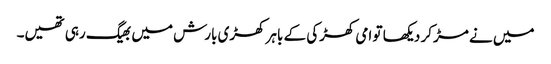
میں‌ نے مڑ کر دیکھا تو امی کھڑکی کے باہر کھڑی بارش میں‌ بھیگ رہی تھیں۔